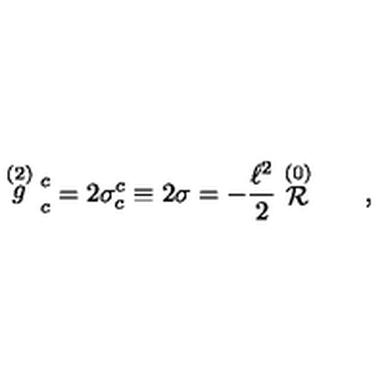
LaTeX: \stackrel { ( 2 ) } { g } \strut _ { c } ^ { c } = 2 \sigma _ { c } ^ { c } \equiv 2 \sigma = - { \frac { \ell ^ { 2 } } { 2 } } \stackrel { ( 0 ) } { \cal R } \qquad ,